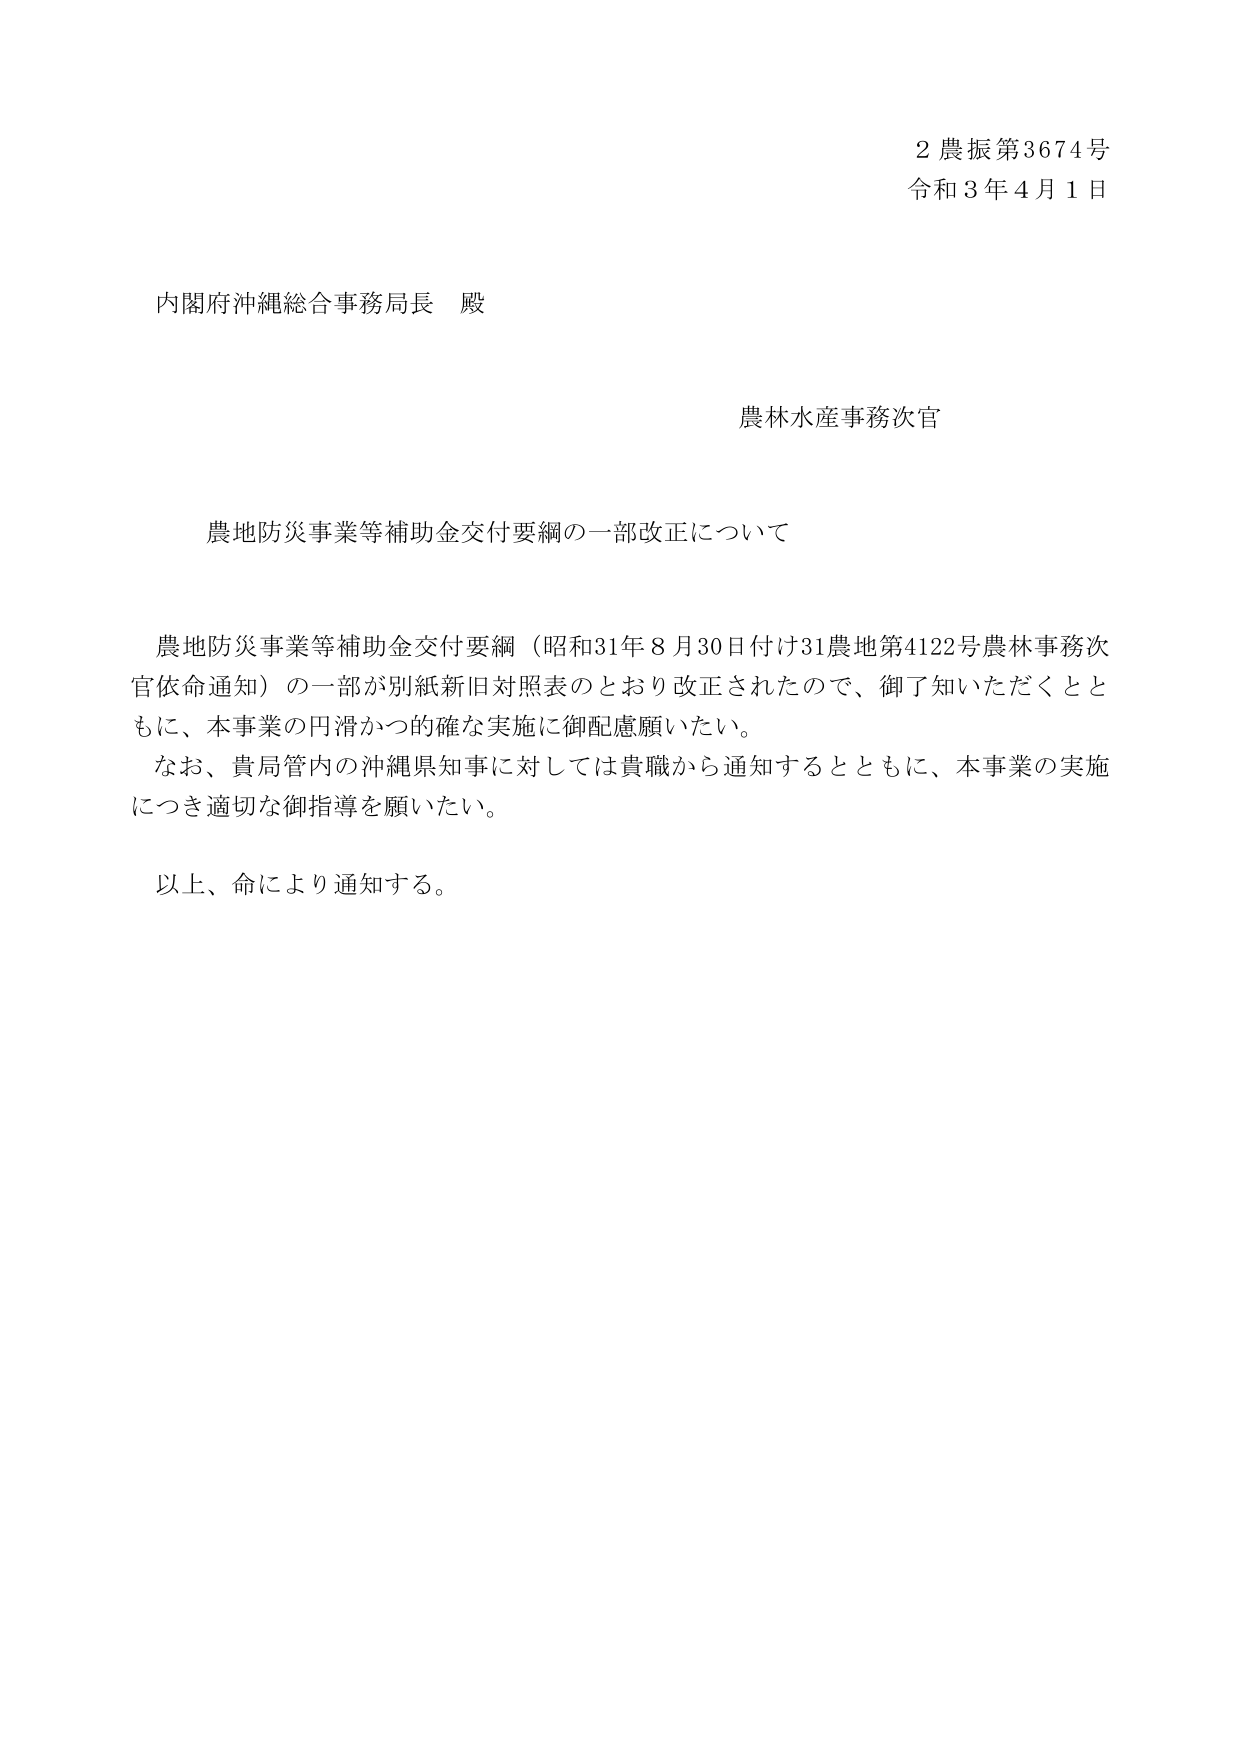
2 農振第3674号
令和3年4月1日

内閣府沖縄総合事務局長 殿

農林水産事務次官

農地防災事業等補助金交付要綱の一部改正について

農地防災事業等補助金交付要綱（昭和31年8月30日付け31農地第4122号農林事務次官依命通知）の一部が別紙新旧対照表のとおり改正されたので、御了知いただくとともに、本事業の円滑かつ的確な実施に御配慮願いたい。
なお、貴局管内の沖縄県知事に対しては貴職から通知するとともに、本事業の実施につき適切な御指導を願いたい。

以上、命により通知する。